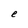
Character: e